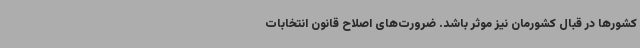
کشورها در قبال کشورمان نیز موثر باشد. ضرورت‌های اصلاح قانون انتخابات